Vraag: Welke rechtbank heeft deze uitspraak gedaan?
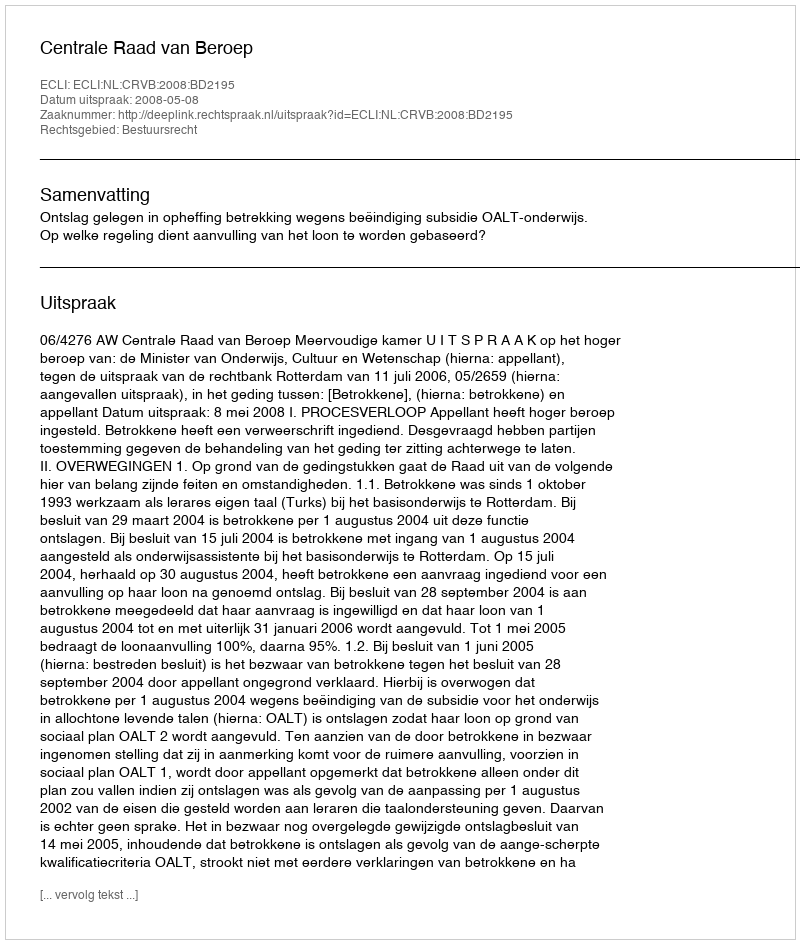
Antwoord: Centrale Raad van Beroep